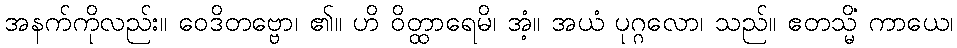
အနက်ကိုလည်း။ ဝေဒိတဗ္ဗော၊ ၏။ ဟိ ဝိတ္ထာရေမိ၊ အံ့။ အယံ ပုဂ္ဂလော၊ သည်။ ဧတသ္မိံ ကာယေ၊